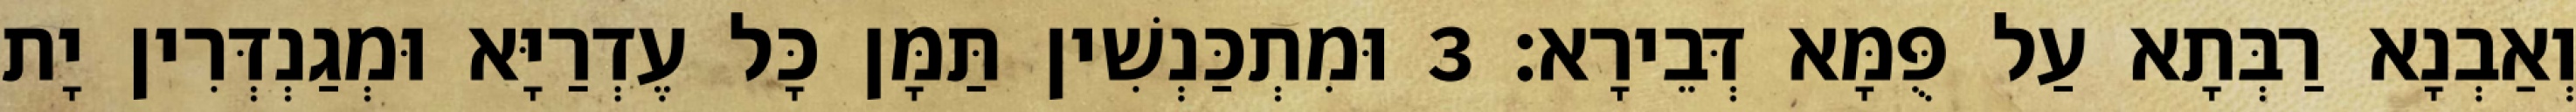
וְאַבְנָא רַבְּתָא עַל פֻּמָּא דְּבֵירָא׃ 3 וּמִתְכַּנְשִׁין תַּמָּן כָּל עֶדְרַיָּא וּמְגַנְדְּרִין יָת